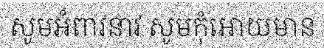
សូមអំពាវនាវ សូមកុំអោយមាន